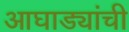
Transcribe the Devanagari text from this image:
आघाड्यांची